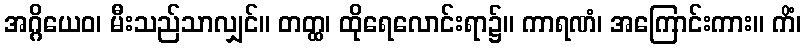
အဂ္ဂိယေဝ၊ မီးသည်သာလျှင်။ တတ္ထ၊ ထိုရေလောင်းရာ၌။ ကာရဏံ၊ အကြောင်းကား။ ကိံ၊